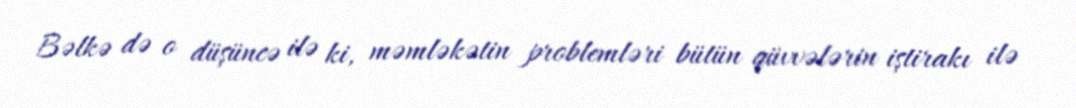
Bəlkə də o düşüncə ilə ki, məmləkətin problemləri bütün qüvvələrin iştirakı ilə